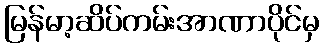
မြန်မာ့ဆိပ်ကမ်းအာဏာပိုင်မှ